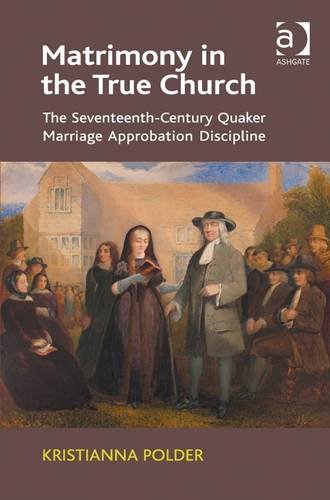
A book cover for Matrimony in the True Church: The Seventeenth-century Quaker Marriage Approbation Discipline; Kristianna Polder; Christian Books & Bibles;